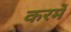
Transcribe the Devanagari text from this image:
करमें